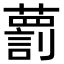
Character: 藅